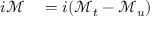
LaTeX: \begin{array} { r l } { i { \mathcal { M } } } & { { } = i ( { \mathcal { M } } _ { t } - { \mathcal { M } } _ { u } ) } \end{array}